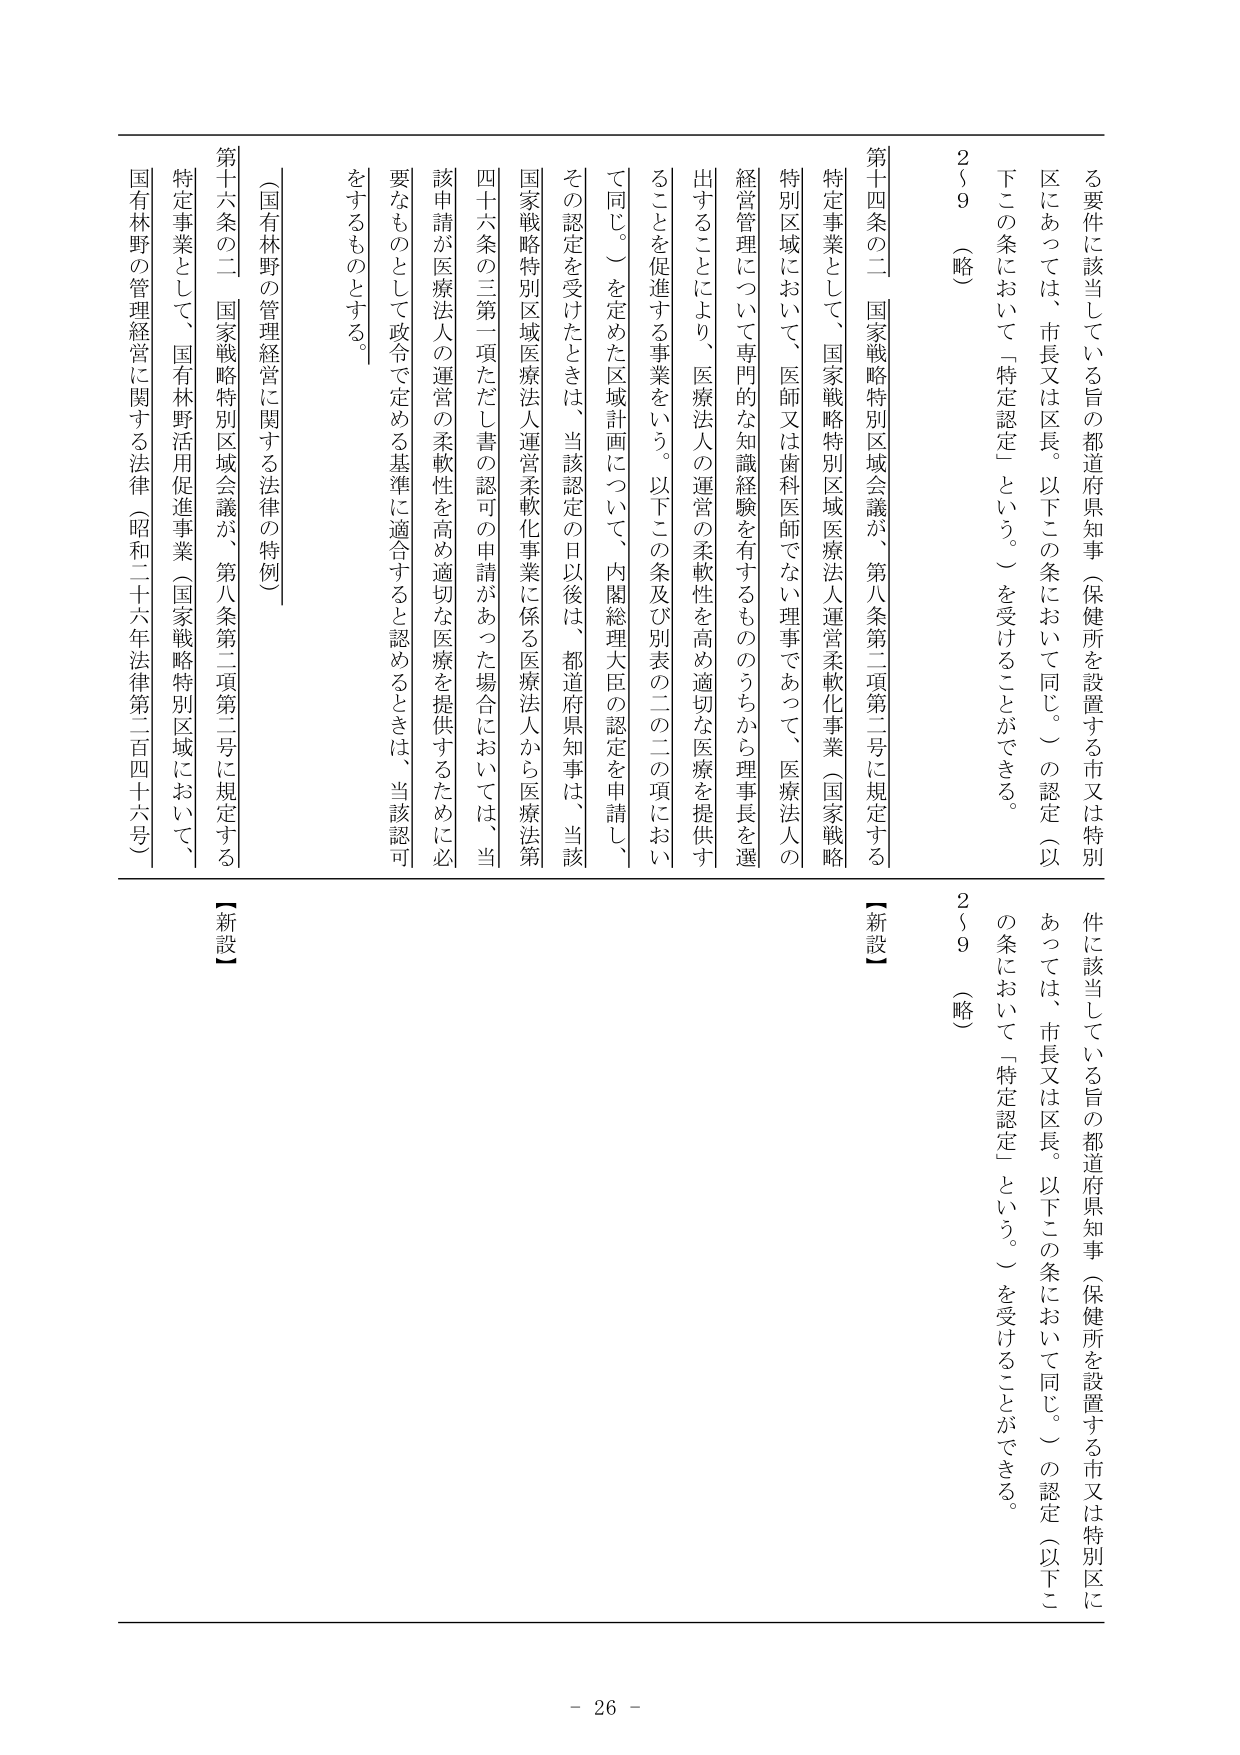
第十四条の二 国家戦略特別区域会議が、第八条第二項第二号に規定する
特定事業として、国家戦略特別区域医療法人運営柔軟化事業（国家戦略
特別区域において、医師又は歯科医師でない理事であって、医療法人の
経営管理について専門的な知識経験を有するもののうちから理事長を選
出することにより、医療法人の運営の柔軟性を高め適切な医療を提供す
ることを促進する事業をいう。以下この条及び別表の二の二の項におい
て同じ。）を定めた区域計画について、内閣総理大臣の認定を申請し、
その認定を受けたときは、当該認定の日以後は、都道府県知事は、当該
国家戦略特別区域医療法人運営柔軟化事業に係る医療法人から医療法第
四十六条の三第一項ただし書の認可の申請があった場合においては、当
該申請が医療法人の運営の柔軟性を高め適切な医療を提供するために必
要なものとして政令で定める基準に適合すると認めるときは、当該認可
をするものとする。

（国有林野の管理経営に関する法律の特例）
第十六条の二 国家戦略特別区域会議が、第八条第二項第二号に規定する
特定事業として、国有林野活用促進事業（国家戦略特別区域において、
国有林野の管理経営に関する法律（昭和二十六年法律第二百四十六号）

2～9（略）

【新設】

る要件に該当している旨の都道府県知事（保健所を設置する市又は特別
区にあっては、市長又は区長。以下この条において同じ。）の認定（以
下この条において「特定認定」という。）を受けることができる。

2～9（略）

件に該当している旨の都道府県知事（保健所を設置する市又は特別区に
あっては、市長又は区長。以下この条において同じ。）の認定（以下こ
の条において「特定認定」という。）を受けることができる。

【新設】

- 26 -